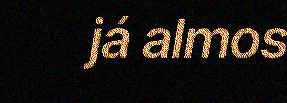
já almos